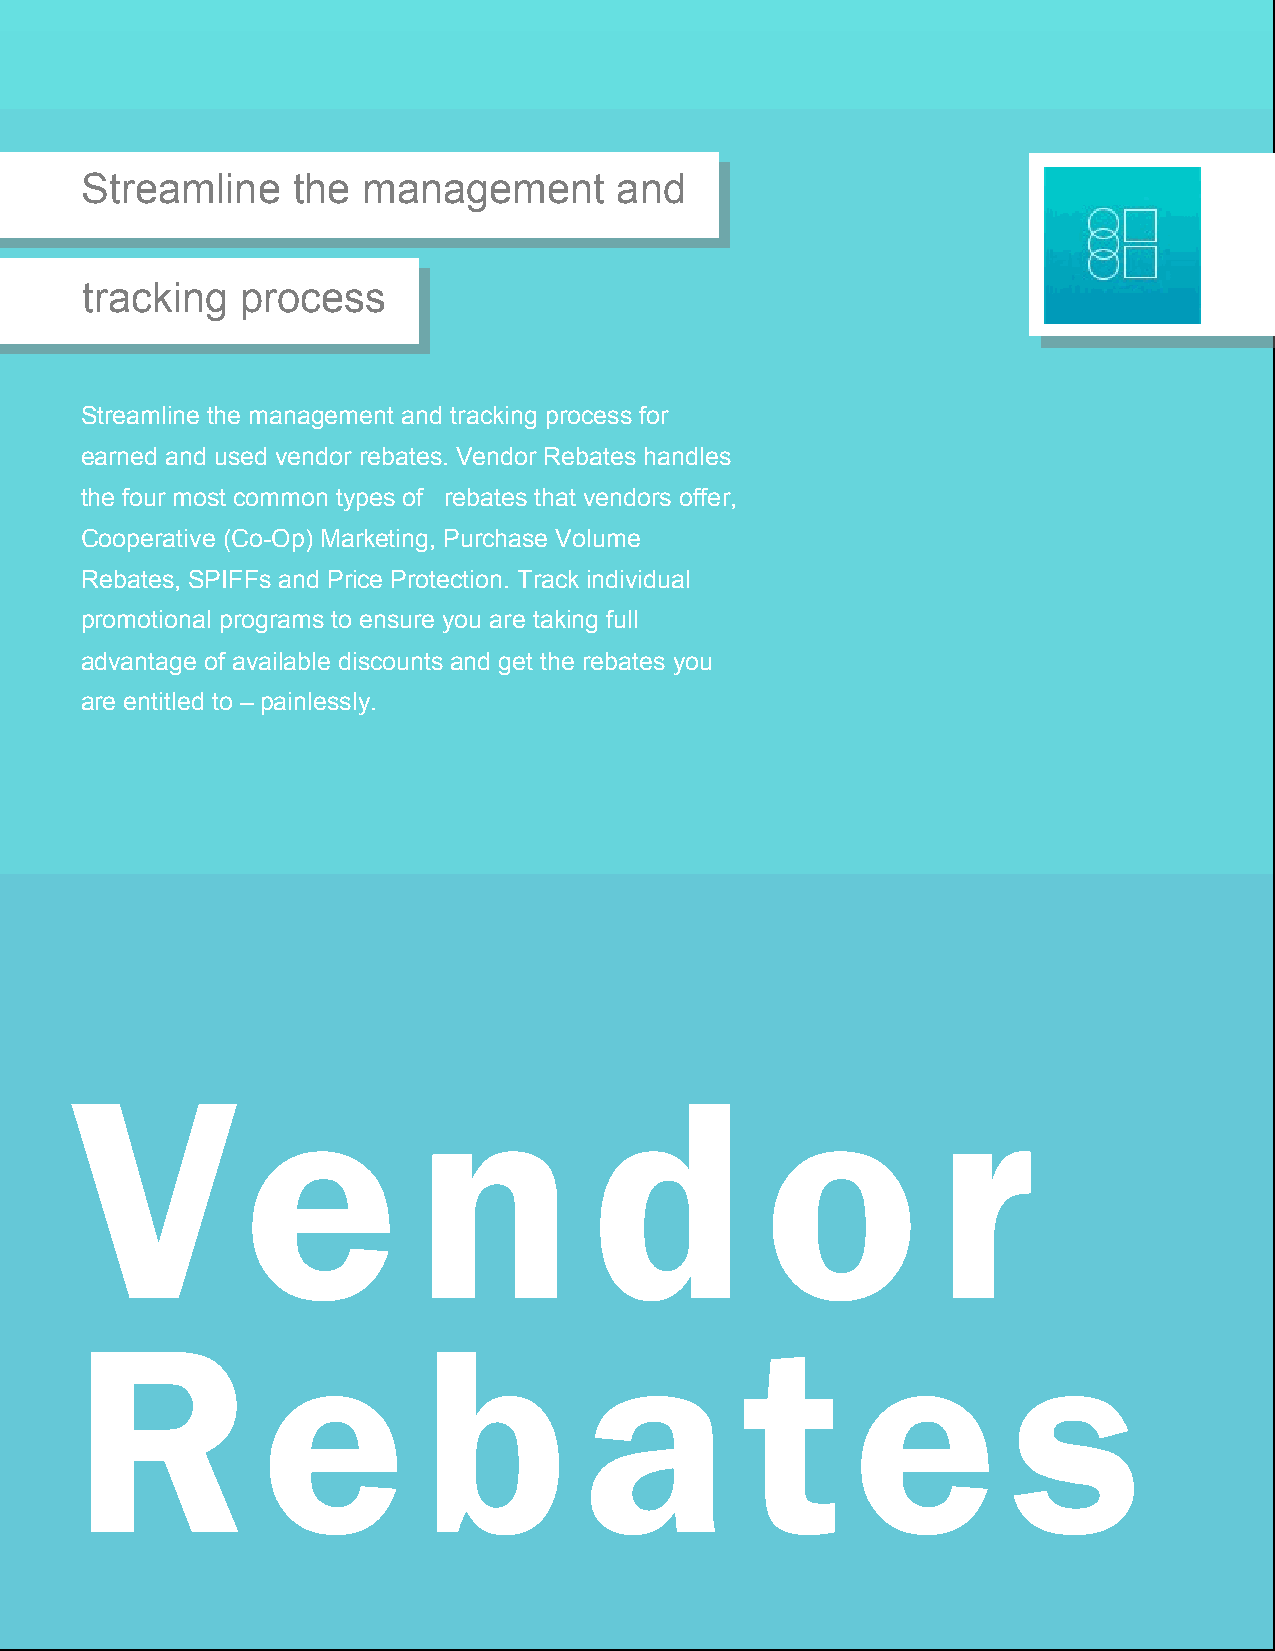
Streamline    the  management       and
 tracking   process
 Streamline the management and tracking process for
 earned and used vendor rebates. Vendor Rebates handles
 the four most common types of rebates that vendors offer,
 Cooperative (Co-Op) Marketing, Purchase Volume
 Rebates, SPIFFs and Price Protection. Track individual
 promotional programs to ensure you are taking full
 advantage of available discounts and get the rebates you
 are entitled to – painlessly.
 V          e          n           d           o          r
 R           e          b          a         t      e          s